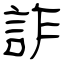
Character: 詐